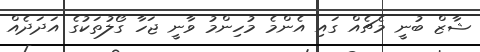
ޝާޒް ބުނީ މެޗެއް ގައި އެންމެ މުހިންމު ވާނީ ޖަހާ ގޯލުތަކުގެ އަދަދެއް